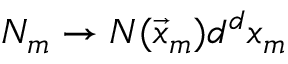
N _ { m } \rightarrow N ( \vec { x } _ { m } ) d ^ { d } x _ { m }